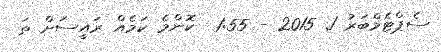
ސެޕްޓެމްބަރު 1